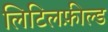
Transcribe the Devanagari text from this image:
लिटिलफ़ील्ड